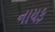
નાયફ